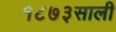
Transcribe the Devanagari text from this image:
१८७३साली